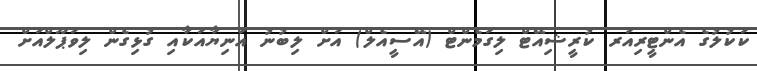
ކަކުލުގެ އެންޓީރިއަރ ކުރީޝިއޭޓް ލިގަމެންޓް (އޭސީއެލް) އަށް ލިބުނު އަނިޔާއަކާއި ގުޅިގެން ލިވަޕޫލްއަށް